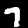
Digit: 7